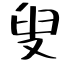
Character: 叟